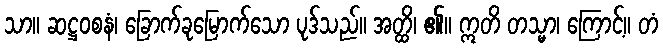
သာ။ ဆဋ္ဌဝစနံ၊ ခြောက်ခုမြောက်သော ပုဒ်သည်။ အတ္ထိ၊ ၏။ ဣတိ တသ္မာ၊ ကြောင့်။ တံ